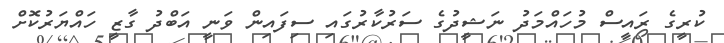
ކުރީގެ ރައީސް މުހައްމަދު ނަޝީދުގެ ސަރުކާރުގައި ސިފައިން ވަނީ އަބްދު ގާޒީ ހައްޔަރުކޮށް